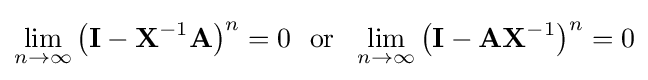
\lim _{n\to \infty }\left(\mathbf {I} -\mathbf {X} ^{-1}\mathbf {A} \right)^{n}=0\mathrm {~~or~~} \lim _{n\to \infty }\left(\mathbf {I} -\mathbf {A} \mathbf {X} ^{-1}\right)^{n}=0